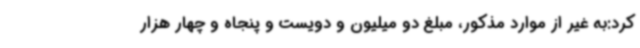
کرد:به غیر از موارد مذکور، مبلغ دو میلیون و دویست و پنجاه و چهار هزار